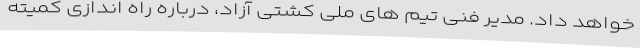
خواهد داد. مدیر فنی تیم های ملی کشتی آزاد، درباره راه اندازی کمیته